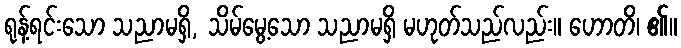
ရုန့်ရင်းသော သညာမရှိ, သိမ်မွေ့သော သညာမရှိ မဟုတ်သည်လည်း။ ဟောတိ၊ ၏။